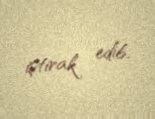
iştirak edib.